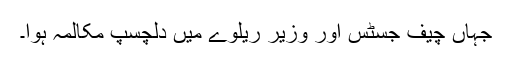
جہاں چیف جسٹس اور وزیر ریلوے میں دلچسپ مکالمہ ہوا۔